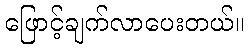
ဖြောင့်ချက်လာပေးတယ်။